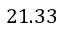
2 1 . 3 3